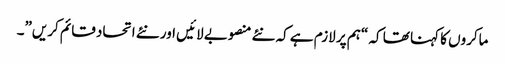
ماکروں کا کہنا تھا کہ “ہم پر لازم ہے کہ نئے منصوبے لائیں اور نئے اتحاد قائم کریں”۔